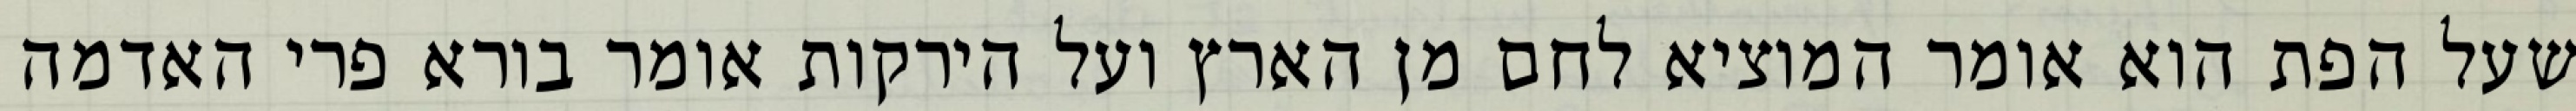
שעל הפת הוא אומר המוציא לחם מן הארץ ועל הירקות אומר בורא פרי האדמה